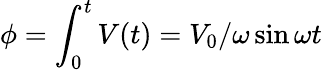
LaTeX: \phi=\int_{0}^{t}V(t)=V_{0}/\omega\sin\omega t